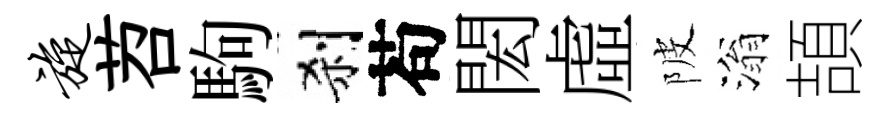
旋苕駒刹苟閎虛陂滃頡